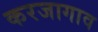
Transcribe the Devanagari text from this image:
करजागाव